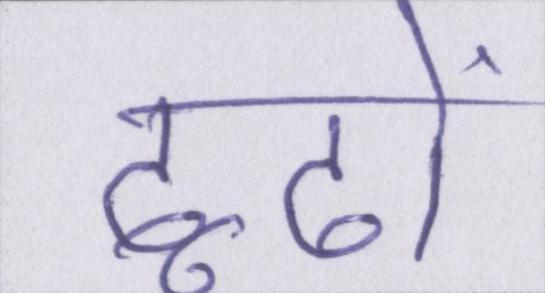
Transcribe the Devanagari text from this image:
ढूढों